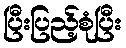
ပြီးပြည့်စုံပြီး